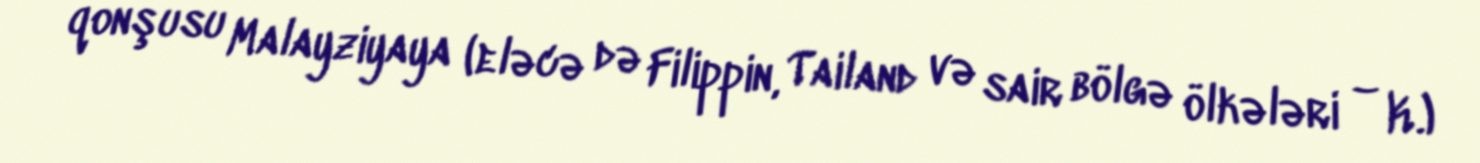
qonşusu Malayziyaya (eləcə də Filippin, Tailand və sair bölgə ölkələri – K.)